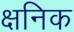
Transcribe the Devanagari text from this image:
क्षनिक